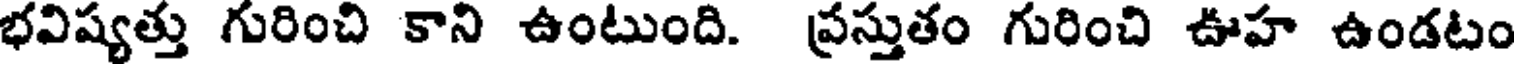
భవిష్యత్తు గురించి కాని ఉంటుంది. ప్రస్తుతం గురించి ఊహ ఉండటం